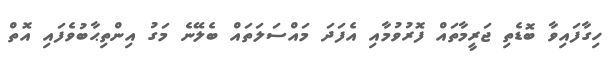
ހިގާފައިވާ ބޮޑެތި ޖަރީމާތައް ފޮރުވުމާއި އެފަދަ މައްސަލަތައް ބެލޭނެ މަގު އިންތިޙާބުވެފައި އޮތް